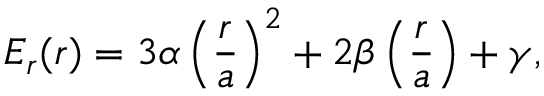
E _ { r } ( r ) = 3 \alpha \left( \frac { r } { a } \right) ^ { 2 } + 2 \beta \left( \frac { r } { a } \right) + \gamma ,